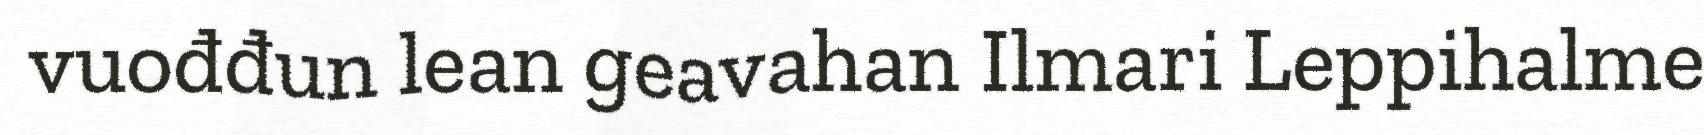
vuođđun lean geavahan Ilmari Leppihalme